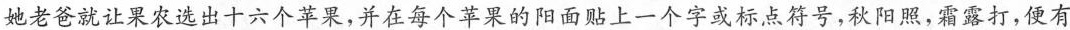
她老爸就让农选出十六个苹裹，并在每个苹果的阳面贴上一个字或点符号，秋阳照，霜露打，便有